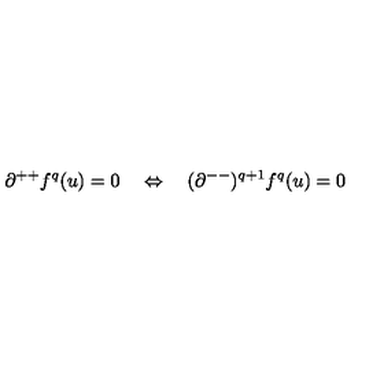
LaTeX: \partial ^ { + + } f ^ { q } ( u ) = 0 \quad \Leftrightarrow \quad ( \partial ^ { -- } ) ^ { q + 1 } f ^ { q } ( u ) = 0